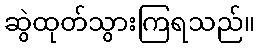
ဆွဲထုတ်သွားကြရသည်။